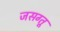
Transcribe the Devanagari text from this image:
जसग्तू